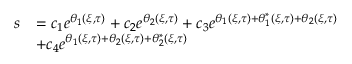
\begin{array} { r l } { s } & { = c _ { 1 } e ^ { \theta _ { 1 } ( \xi , \tau ) } + c _ { 2 } e ^ { \theta _ { 2 } ( \xi , \tau ) } + c _ { 3 } e ^ { \theta _ { 1 } ( \xi , \tau ) + \theta _ { 1 } ^ { * } ( \xi , \tau ) + \theta _ { 2 } ( \xi , \tau ) } } \\ & { + c _ { 4 } e ^ { \theta _ { 1 } ( \xi , \tau ) + \theta _ { 2 } ( \xi , \tau ) + \theta _ { 2 } ^ { * } ( \xi , \tau ) } } \end{array}